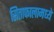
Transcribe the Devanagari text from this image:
सिताफालामध्ये